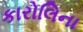
કારોલિના